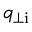
q _ { \mathrm { \perp i } }